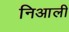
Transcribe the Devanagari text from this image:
निआली